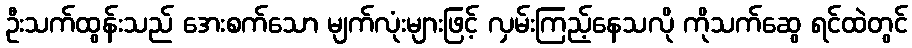
ဦးသက်ထွန်းသည် အေးစက်သော မျက်လုံးများဖြင့် လှမ်းကြည့်နေသလို ကိုသက်ဆွေ ရင်ထဲတွင်